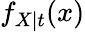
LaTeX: f_{X\mid t}(x)